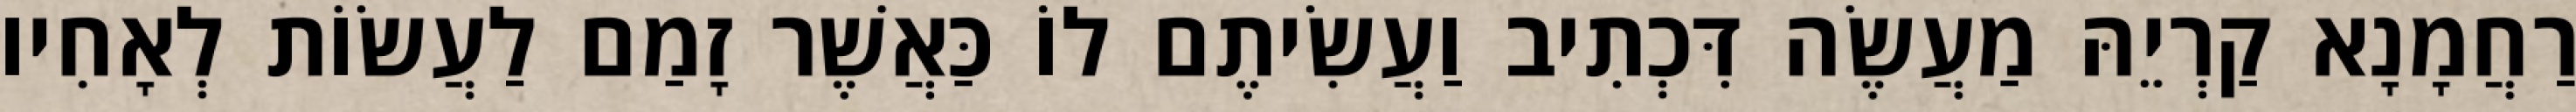
רַחֲמָנָא קַרְיֵהּ מַעֲשֶׂה דִּכְתִיב וַעֲשִׂיתֶם לוֹ כַּאֲשֶׁר זָמַם לַעֲשׂוֹת לְאָחִיו